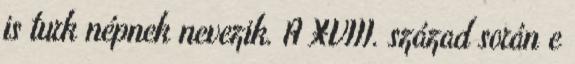
is turk népnek nevezik. A XVIII. század során e